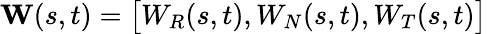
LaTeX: \textbf{W}(s,t)=\big[W_{R}(s,t),W_{N}(s,t),W_{T}(s,t)\big]